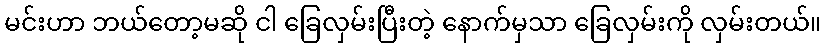
မင်းဟာ ဘယ်တော့မဆို ငါ ခြေလှမ်းပြီးတဲ့ နောက်မှသာ ခြေလှမ်းကို လှမ်းတယ်။